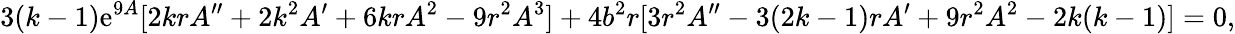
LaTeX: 3(k-1)\mathrm{e}^{9A}[2krA^{\prime\prime}+2k^{2}A^{\prime}+6krA^{2}-9r^{2}A^{3}]+4b^{2}r[3r^{2}A^{\prime\prime}-3(2k-1)rA^{\prime}+9r^{2}A^{2}-2k(k-1)]=0,